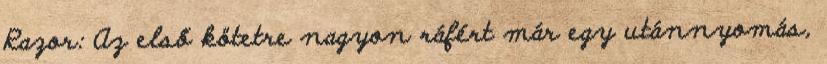
Razor: Az első kötetre nagyon ráfért már egy utánnyomás,